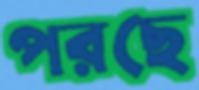
পরছে